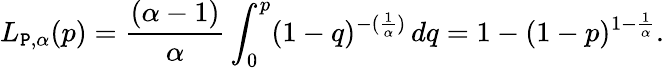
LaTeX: L_{\mathtt{P},\alpha}(p)=\frac{{(\alpha-1)}}{{\alpha}}\int_{0}^{p}(1-q)^{-(\frac{{1}}{{\alpha}})}\, dq=1-(1-p)^{1-\frac{{1}}{{\alpha}}}.